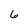
Character: 6